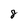
Character: 8